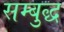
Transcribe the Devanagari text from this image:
सम्बुद्ध